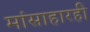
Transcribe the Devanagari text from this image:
मांसाहारही